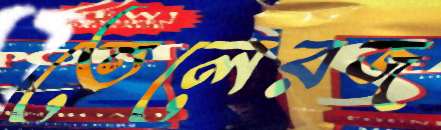
তেলেরজ